Report of an investigation of the epidemic of malarial fever in Assam, or, kala-azar
Disease focus: Malaria
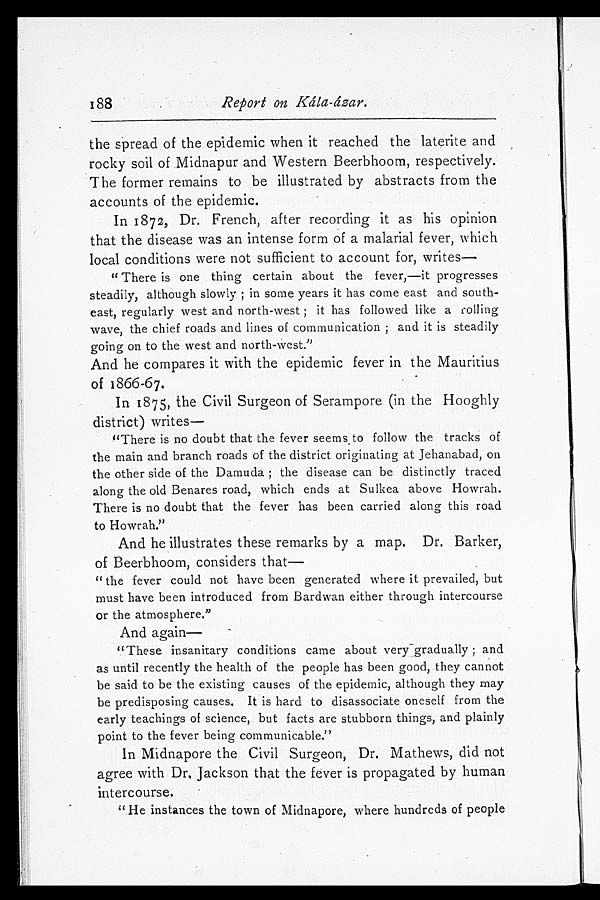
188
Report on Kála-ázar.
the spread of the epidemic when it reached the laterite and
rocky soil of Midnapur and Western Beerbhoom, respectively.
The former remains to be illustrated by abstracts from the
accounts of the epidemic.
In 1872, Dr. French, after recording it as his opinion
that the disease was an intense form of a malarial fever, which
local conditions were not sufficient to account for, writes
—
"There is one thing certain about the fever,—it progresses
steadily, although slowly; in some years it has come east and south
- e a s t , r e g u l a r l y w e s t a n d n o r t h - w e s t ; i t h a s f o l l o w e d l i k e a c o n i n g
wave, the chief roads and lines of communication; and it is steadily
going on to the west and north-west."
And he compares it with the epidemic fever in the Mauritius
of 1866-67.
In 1875, the Civil Surgeon of Serampore (in the Hooghly
district) writes—
"There is no doubt that the fever seems to follow the tracks of
the main and branch roads of the district originating at Jehanabad, on
the other side of the Damuda; the disease can be distinctly traced
along the old Benares road, which ends at Sulkea above Howrah.
There is no doubt that the fever has been carried along this road
to Howrah."
And he illustrates these remarks by a map. Dr. Barker,
of Beerbhoom, considers that
—
"the fever could not have been generated where it prevailed, but
must have been introduced from Bardwan either through intercourse
or the atmosphere."
And again—
"These insanitary conditions came about very gradually; and
as until recently the health of the people has been good, they cannot
be said to be the existing causes of the epidemic, although they may
be predisposing causes. It is hard to disassociate oneself from the
early teachings of science, but facts are stubborn things, and plainly
point to the fever being communicable."
In Midnapore the Civil Surgeon, Dr. Mathews, did not
agree with Dr. Jackson that the fever is propagated by human
intercourse.
"He instances the town of Midnapore, where hundreds of people